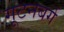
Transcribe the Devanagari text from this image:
गूटनबर्ग